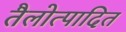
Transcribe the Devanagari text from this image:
तैलोत्पादित